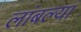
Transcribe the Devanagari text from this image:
लांबल्या